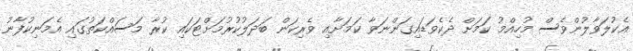
އެކުލަވާލުންވެސް މުހިއްމު ކަމަށް ދެކެވަޑައިގަންނަވާ ކަމަށާއި ވެރިކަން ބަދަލުކުރުމަށްޓަކައި ކުރާ މަސައްކަތުގައި އެމަނިކުފާނު